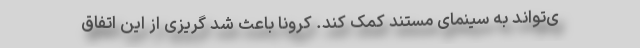
ی‌تواند به سینمای مستند کمک کند. کرونا باعث شد گریزی از این اتفاق